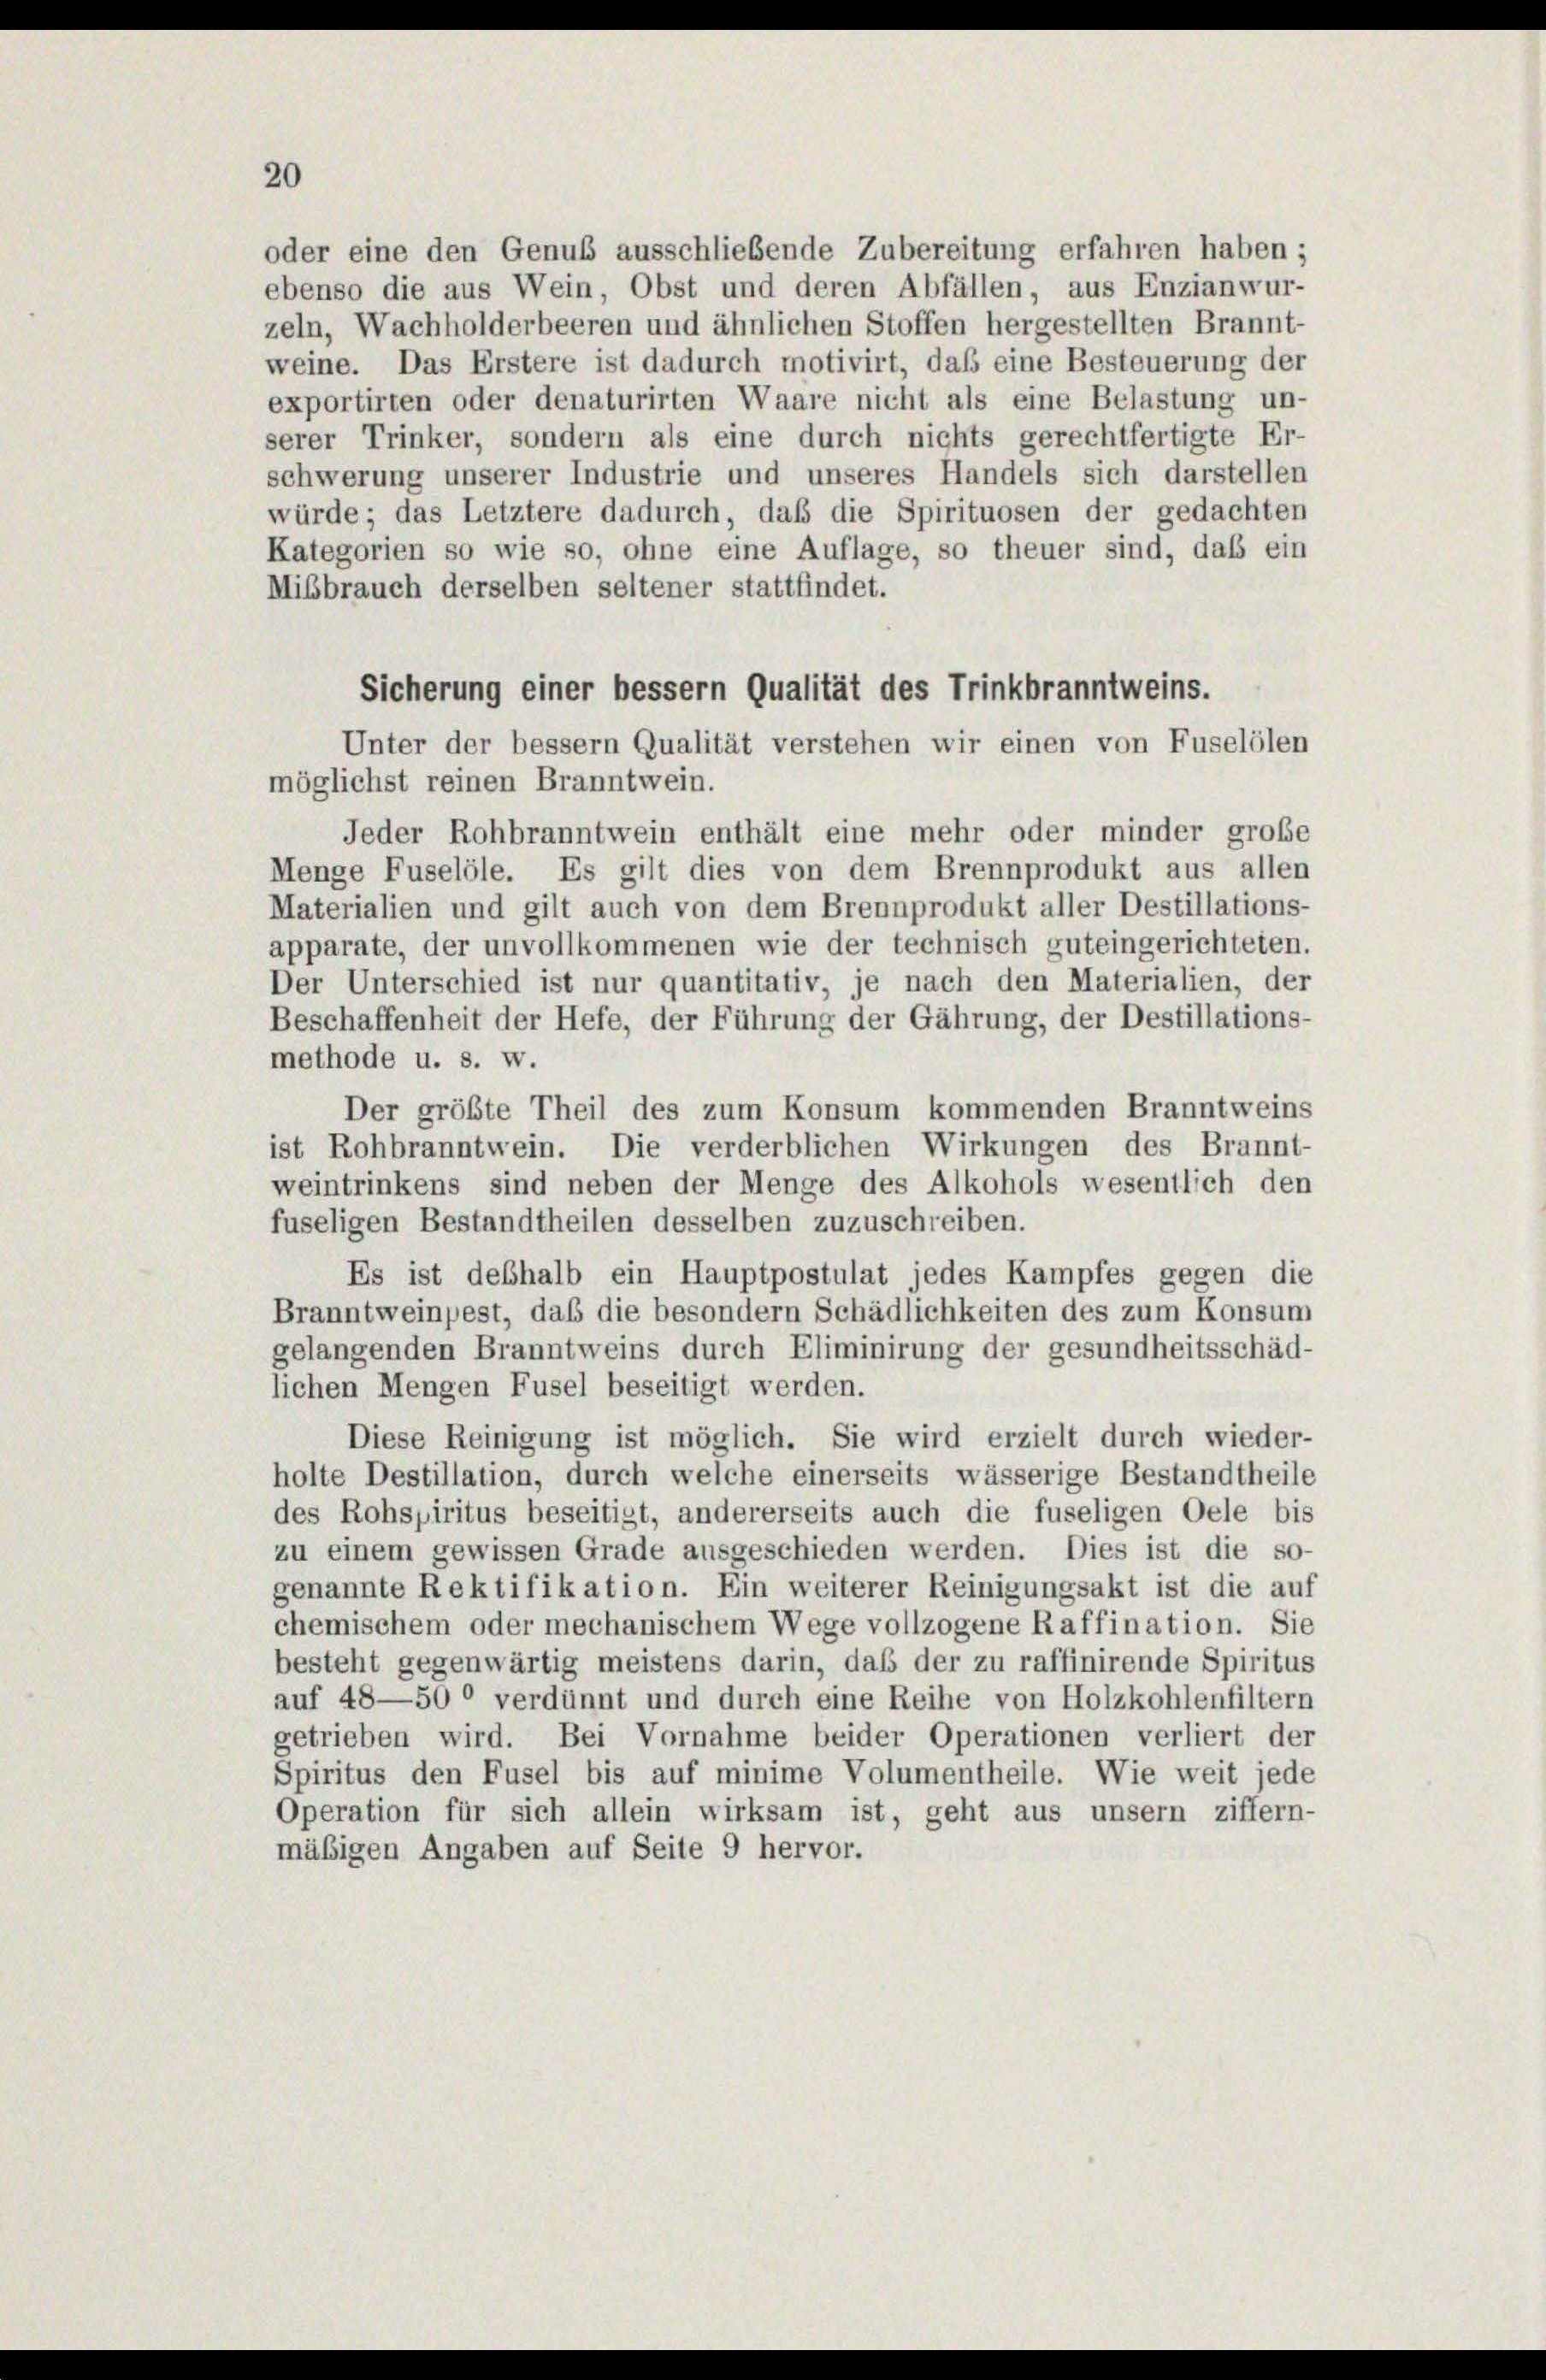
20

oder eine den Genuß ausschließende Zubereitung erfahren haben;
ebenso die aus Wein, Obst und deren Abfällen, aus Enzianwur-
zeln, Wachholderbeeren und ähnlichen Stoffen hergestellten Brannt-
weine. Das Erstere ist dadurch motivirt, daß eine Besteuerung der
exportirten oder denaturirten Waare nicht als eine Belastung un-
serer Trinker, sondern als eine durch nichts gerechtfertigte Er-
schwerung unserer Industrie und unseres Handels sich darstellen
würde; das Letztere dadurch, daß die Spirituosen der gedachten
Kategorien so wie so, ohne eine Auflage, so theuer sind, daß ein
Mißbrauch derselben seltener stattfindet.

Sicherung einer bessern Qualität des Trinkbranntweins.
Unter der bessern Qualität verstehen wir einen von Fuselölen
möglichst reinen Branntwein.
Jeder Rohbranntwein enthält eine mehr oder minder große
Menge Fuselöle. Es gilt dies von dem Brennprodukt aus allen
Materialien und gilt auch von dem Brennprodukt aller Destillations-
apparate, der unvollkommenen wie der technisch guteingerichteten.
Der Unterschied ist nur quantitativ, je nach den Materialien, der
Beschaffenheit der Hefe, der Führung der Gährung, der Destillations-
methode u. s. w.
Der größte Theil des zum Konsum kommenden Branntweins
ist Rohbranntwein. Die verderblichen Wirkungen des Brannt-
weintrinkens sind neben der Menge des Alkohols wesentlich den
fuseligen Bestandtheilen desselben zuzuschreiben.
Es ist deshalb ein Hauptpostulat jedes Kampfes gegen die
Branntweinpest, daß die besondern Schädlichkeiten des zum Konsum
gelangenden Branntweins durch Eliminirung der gesundheitsschäd-
lichen Mengen Fusel beseitigt werden.
Diese Reinigung ist möglich. Sie wird erzielt durch wieder-
holte Destillation, durch welche einerseits wässerige Bestandtheile
des Rohspiritus beseitigt, andererseits auch die fuseligen Oele bis
zu einem gewissen Grade ausgeschieden werden. Dies ist die so-
genannte Rektifikation. Ein weiterer Reinigungsakt ist die auf
chemischem oder mechanischem Wege vollzogene Raffination. Sie
besteht gegenwärtig meistens darin, daß der zu raffinirende Spiritus
auf 48—50° verdünnt und durch eine Reihe von Holzkohlenfiltern
getrieben wird. Bei Vornahme beider Operationen verliert der
Spiritus den Fusel bis auf minime Volumentheile. Wie weit jede
Operation für sich allein wirksam ist, geht aus unsern ziffern-
mäßigen Angaben auf Seite 9 hervor.